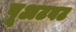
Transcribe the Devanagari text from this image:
पूअटवट